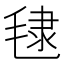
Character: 𪵞